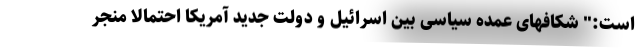
است:" شکافهای عمده سیاسی بین اسرائیل و دولت جدید آمریكا احتمالا منجر